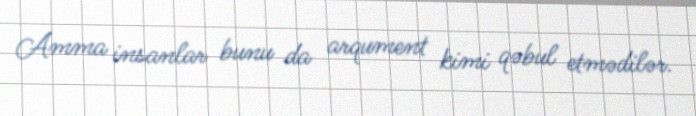
Amma insanlar bunu da arqument kimi qəbul etmədilər.